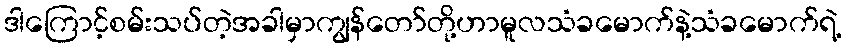
ဒါကြောင့်စမ်းသပ်တဲ့အခါမှာကျွန်တော်တို့ဟာမူလသံခမောက်နဲ့သံခမောက်ရဲ့